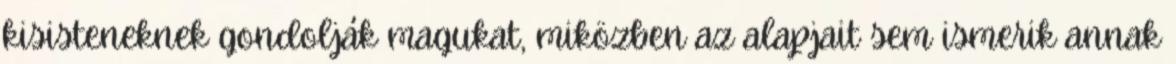
kisisteneknek gondolják magukat, miközben az alapjait sem ismerik annak